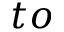
t o